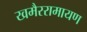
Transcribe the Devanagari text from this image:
खमैररामायण